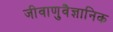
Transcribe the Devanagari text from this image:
जीवाणुवैज्ञानिक